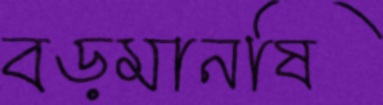
বড়মানষি